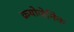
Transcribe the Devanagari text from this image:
क्रयोजेनिक